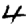
Digit: 4